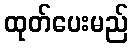
ထုတ်ပေးမည်